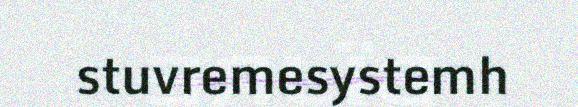
stuvremesystemh